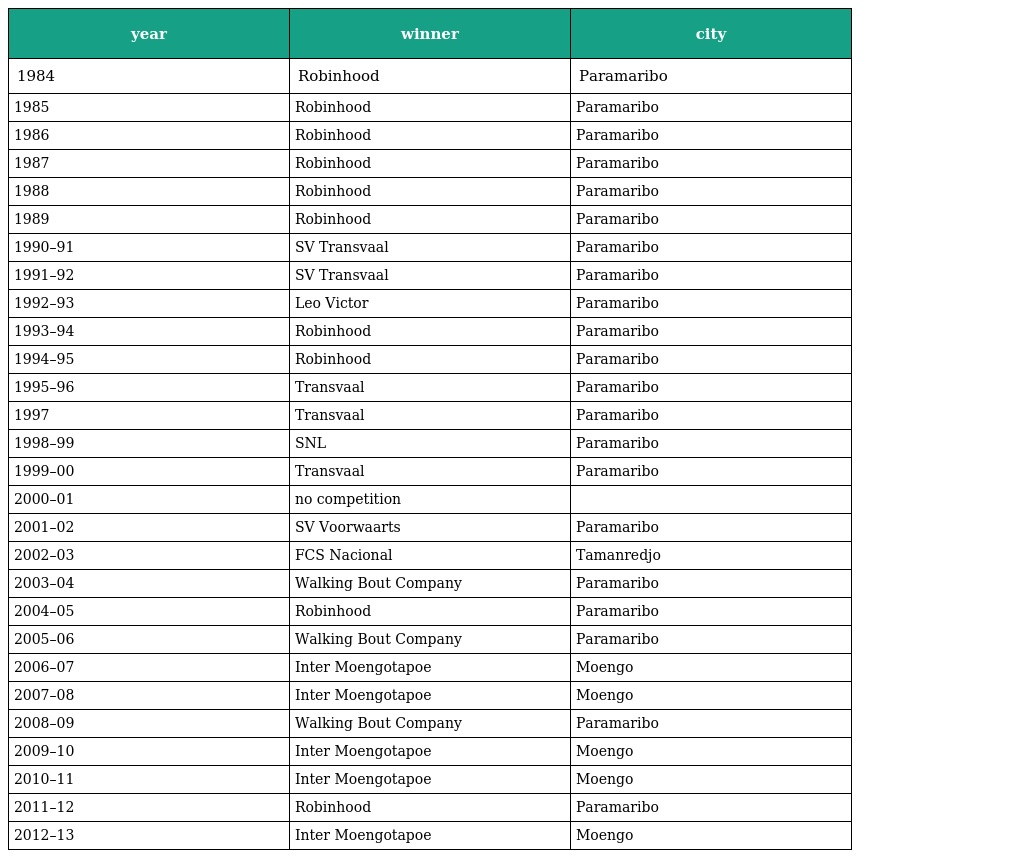
| year | winner | city |
 | --- | --- | --- |
 | 1984 | Robinhood | Paramaribo |
 | 1985 | Robinhood | Paramaribo |
 | 1986 | Robinhood | Paramaribo |
 | 1987 | Robinhood | Paramaribo |
 | 1988 | Robinhood | Paramaribo |
 | 1989 | Robinhood | Paramaribo |
 | 1990–91 | SV Transvaal | Paramaribo |
 | 1991–92 | SV Transvaal | Paramaribo |
 | 1992–93 | Leo Victor | Paramaribo |
 | 1993–94 | Robinhood | Paramaribo |
 | 1994–95 | Robinhood | Paramaribo |
 | 1995–96 | Transvaal | Paramaribo |
 | 1997 | Transvaal | Paramaribo |
 | 1998–99 | SNL | Paramaribo |
 | 1999–00 | Transvaal | Paramaribo |
 | 2000–01 | no competition |  |
 | 2001–02 | SV Voorwaarts | Paramaribo |
 | 2002–03 | FCS Nacional | Tamanredjo |
 | 2003–04 | Walking Bout Company | Paramaribo |
 | 2004–05 | Robinhood | Paramaribo |
 | 2005–06 | Walking Bout Company | Paramaribo |
 | 2006–07 | Inter Moengotapoe | Moengo |
 | 2007–08 | Inter Moengotapoe | Moengo |
 | 2008–09 | Walking Bout Company | Paramaribo |
 | 2009–10 | Inter Moengotapoe | Moengo |
 | 2010–11 | Inter Moengotapoe | Moengo |
 | 2011–12 | Robinhood | Paramaribo |
 | 2012–13 | Inter Moengotapoe | Moengo |